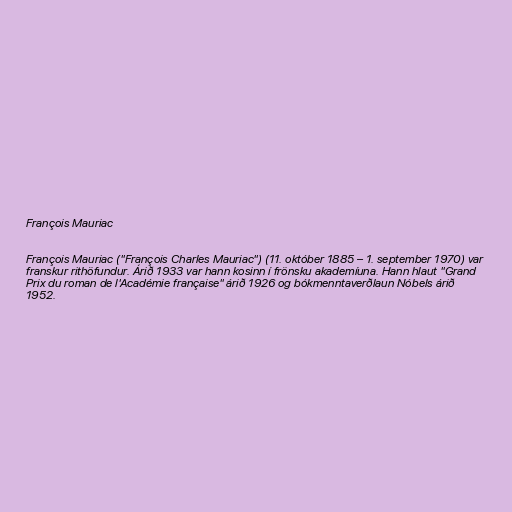
François Mauriac

François Mauriac ("François Charles Mauriac") (11. október 1885 – 1. september 1970) var
franskur rithöfundur. Árið 1933 var hann kosinn í frönsku akademíuna. Hann hlaut "Grand
Prix du roman de l'Académie française" árið 1926 og bókmenntaverðlaun Nóbels árið
1952.